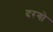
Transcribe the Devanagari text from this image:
दरगो